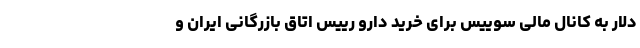
دلار به کانال مالی سوییس برای خرید دارو رییس اتاق بازرگانی ایران و